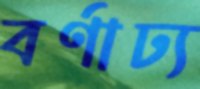
বর্ণাঢ্য